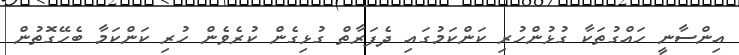
އިންސާނީ ހައްގުތަކާ ގުޅުންހުރި ކަންކަމުގައި ދެފަރާތް ގުޅިގެން ކުރެވެން ހުރި ކަންކަމާ ބެހޭގޮތުން